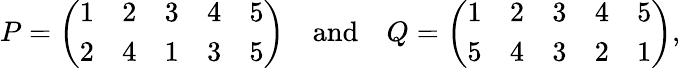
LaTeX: P={\left(\begin{array}{lllll}{1}&{2}&{3}&{4}&{5}\\ {2}&{4}&{1}&{3}&{5}\end{array}\right)}\quad{\mathrm{and}}\quad Q={\left(\begin{array}{lllll}{1}&{2}&{3}&{4}&{5}\\ {5}&{4}&{3}&{2}&{1}\end{array}\right)},